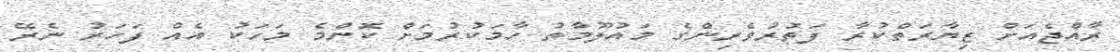
ރާއްޖެއަށް ޒިޔާރަތްކުރާ ފަތުރުވެރިންގެ މައުލޫމާތު ހާމަކުރުމަށް ކޮންމެ މަހަކު އެއް ފަހަރު ނެރޭ